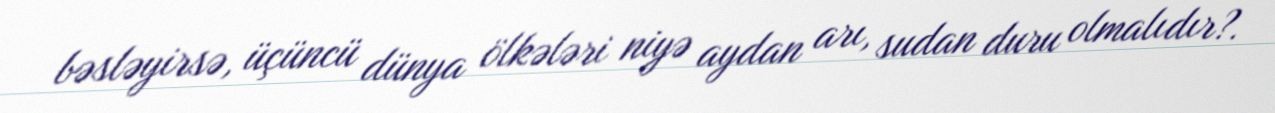
bəsləyirsə, üçüncü dünya ölkələri niyə aydan arı, sudan duru olmalıdır?.